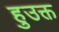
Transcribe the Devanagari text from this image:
हुउक्त